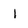
Character: l